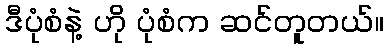
ဒီပုံစံနဲ့ ဟို ပုံစံက ဆင်တူတယ်။